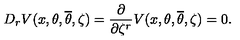
D _ { r } V ( x , \theta , { \overline { \theta } } , \zeta ) = \frac { \partial } { \partial \zeta ^ { r } } V ( x , \theta , { \overline { \theta } } , \zeta ) = 0 .